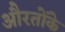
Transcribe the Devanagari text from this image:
औरतोंके